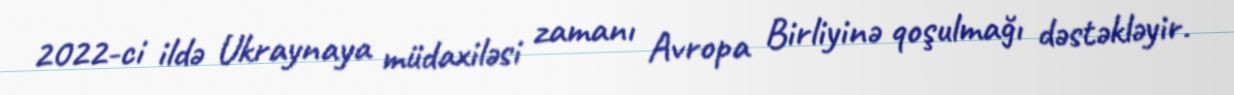
2022-ci ildə Ukraynaya müdaxiləsi zamanı Avropa Birliyinə qoşulmağı dəstəkləyir.